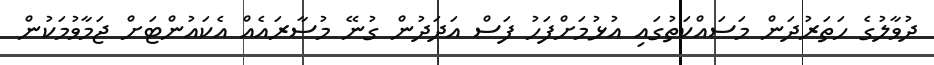
ދުވާލުގެ ހަތަރުދަން މަސައްކަތުގައި އުޅުމަށްފަހު ފަސް އަދަދުން ގުނޭ މުސާރައެއް އެކައުންޓަށް ޖަމާވުމަކުން